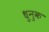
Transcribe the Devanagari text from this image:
धुनुक